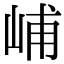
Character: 峬